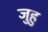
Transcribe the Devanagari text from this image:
जुहु